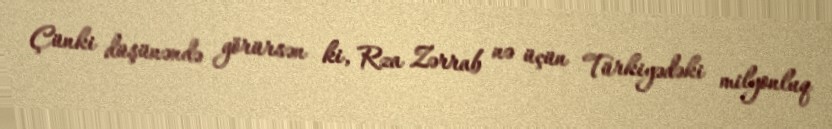
Çünki düşünəndə görürsən ki, Rza Zərrab nə üçün Türkiyədəki milyonluq